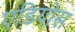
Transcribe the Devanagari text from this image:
एडियोस